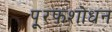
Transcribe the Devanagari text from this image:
पू्रफशोधन